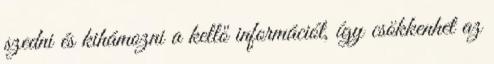
szedni és kihámozni a kellő információt, így csökkenhet az